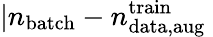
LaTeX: |n_{\mathrm{batch}}-n_{\mathrm{data,aug}}^{\mathrm{train}}\